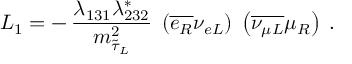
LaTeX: { \cal L } _ { 1 } = - \, \frac { \lambda _ { 1 3 1 } \lambda _ { 2 3 2 } ^ { * } } { m _ { \tilde { \tau } _ { L } } ^ { 2 } } \; \left( \overline { { { e _ { R } } } } \nu _ { e L } \right) \; \left( \overline { { { \nu _ { \mu L } } } } \mu _ { R } \right) \; .